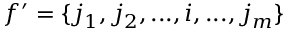
f ^ { \prime } = \{ j _ { 1 } , j _ { 2 } , . . . , i , . . . , j _ { m } \}